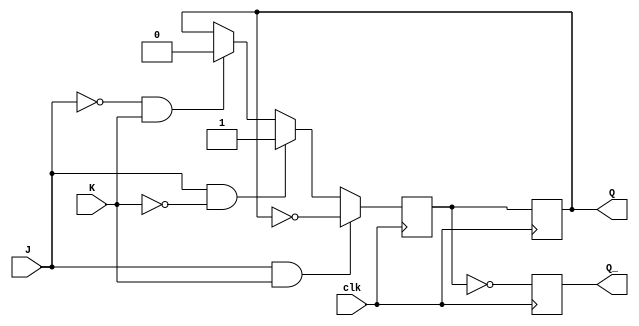
module neg_edge_jk_ff (
    input J,
    input K,
    input clk,
    output reg Q,
    output reg Q_
);

reg Q_next;

always @ (negedge clk) begin
    if (J & K) begin
        Q_next <= ~Q;
    end else if (J & ~K) begin
        Q_next <= 1'b1;
    end else if (~J & K) begin
        Q_next <= 1'b0;
    end else begin
        Q_next <= Q;
    end
end

always @ (posedge clk) begin
    Q <= Q_next;
    Q_ <= ~Q_next;
end

endmodule